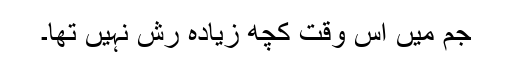
جم میں اس وقت کچھ زیادہ رش نہیں تھا۔